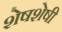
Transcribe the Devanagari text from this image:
शेषशेषी